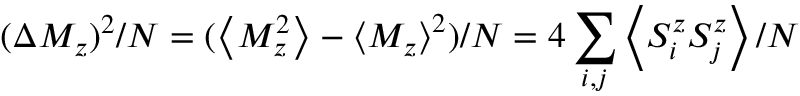
( \Delta M _ { z } ) ^ { 2 } / N = ( \left< M _ { z } ^ { 2 } \right> - \left< M _ { z } \right> ^ { 2 } ) / N = 4 \sum _ { i , j } \left\langle S _ { i } ^ { z } S _ { j } ^ { z } \right\rangle / N